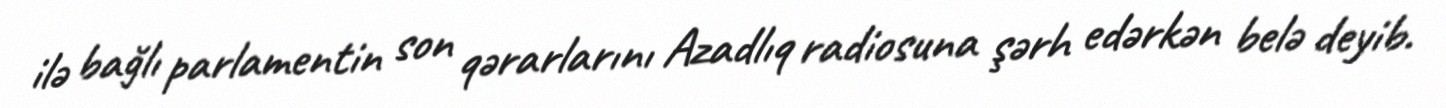
ilə bağlı parlamentin son qərarlarını Azadlıq radiosuna şərh edərkən belə deyib.